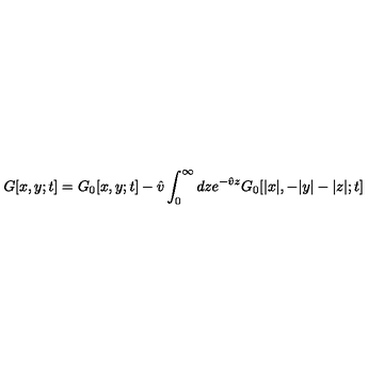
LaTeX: G [ x , y ; t ] = G _ { 0 } [ x , y ; t ] - \hat { v } \int _ { 0 } ^ { \infty } d z e ^ { - \hat { v } z } G _ { 0 } [ | x | , - | y | - | z | ; t ]